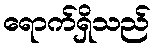
ရောက်ရှိသည်